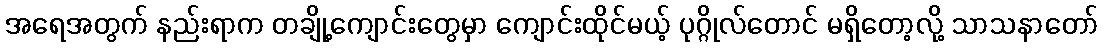
အရေအတွက် နည်းရာက တချို့ကျောင်းတွေမှာ ကျောင်းထိုင်မယ့် ပုဂ္ဂိုလ်တောင် မရှိတော့လို့ သာသနာတော်